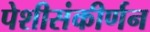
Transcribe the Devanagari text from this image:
पेशीसंकीर्णन